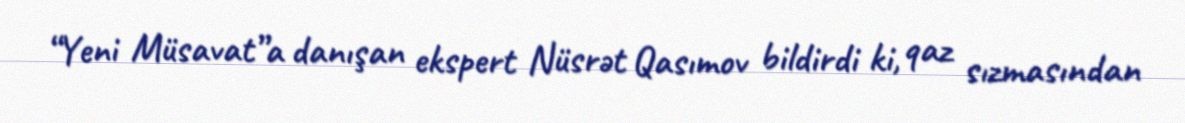
“Yeni Müsavat”a danışan ekspert Nüsrət Qasımov bildirdi ki, qaz sızmasından